Civil Veterinary Dept. North-West Frontier Province 1923-32 - 1923-1932
Year: 1923
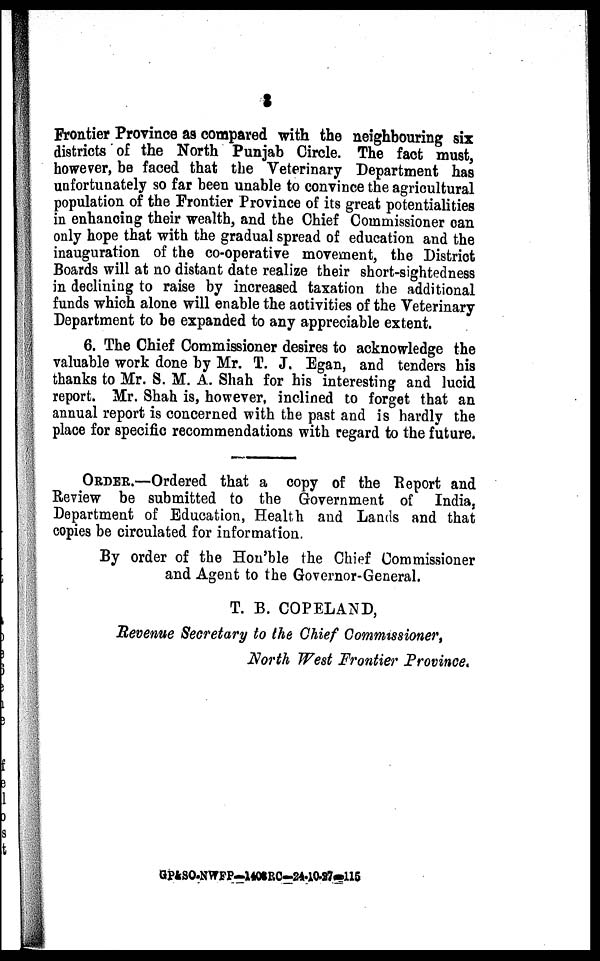
3
Frontier Province as compared with the neighbouring six
districts of the North Punjab Circle. The fact must,
however, be faced that the Veterinary Department has
unfortunately so far been unable to convince the agricultural
population of the Frontier Province of its great potentialities
in enhancing their wealth, and the Chief Commissioner can
only hope that with the gradual spread of education and the
inauguration of the co-operative movement, the District
Boards will at no distant date realize their short-sightedness
in declining to raise by increased taxation the additional
funds which alone will enable the activities of the Veterinary
Department to be expanded to any appreciable extent.
6. The Chief Commissioner desires to acknowledge the
valuable work done by Mr. T. J. Egan, and tenders his
thanks to Mr. S. M. A. Shah for his interesting and lucid
report. Mr. Shah is, however, inclined to forget that an
annual report is concerned with the past and is hardly the
place for specific recommendations with regard to the future.
ORDER.—Ordered that a copy of the Report and
Review be submitted to the Government of India,
Department of Education, Health and Lands and that
copies be circulated for information.
By order of the Hon'ble the Chief Commissioner
and Agent to the Governor-General.
T. B. COPELAND,
Revenue Secretary to the Chief Commissioner,
North West Frontier Province.
GP&SO-NWFP—1406RC-24-10-27-115